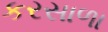
કરસાળા